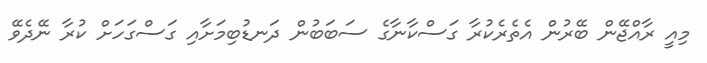
މިއީ ރާއްޖޭން ބޭރުން އެތެރެކުރާ ގަސްކާނާގެ ސަބަބުން ދަނޑުބިމަށާއި ގަސްގަހަށް ކުރާ ނޭދެވޭ